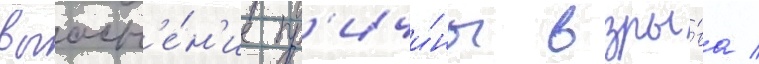
выасн'е́н'ие пр'ичи́ны взры́ва /